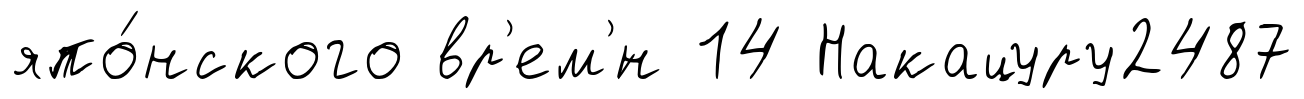
япо́нского вр'ем'́н 14 Накацуру2487